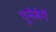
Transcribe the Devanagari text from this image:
गूसेबेर्री